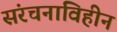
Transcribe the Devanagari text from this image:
संरचनाविहीन